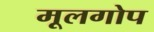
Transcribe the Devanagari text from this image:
मूलगोप